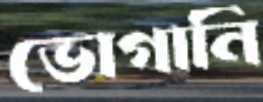
ভোগানি